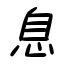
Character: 息